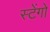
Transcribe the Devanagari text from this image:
स्टेंगो